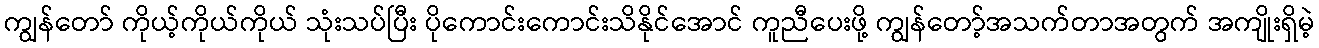
ကျွန်တော် ကိုယ့်ကိုယ်ကိုယ် သုံးသပ်ပြီး ပိုကောင်းကောင်းသိနိုင်အောင် ကူညီပေးဖို့ ကျွန်တော့်အသက်တာအတွက် အကျိုးရှိမဲ့